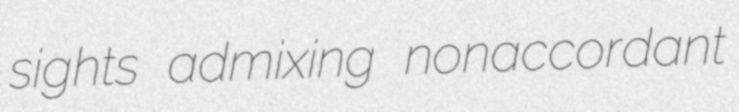
sights admixing nonaccordant